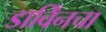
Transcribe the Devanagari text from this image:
डार्विंनचा